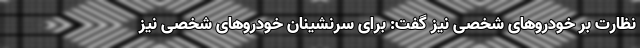
نظارت بر خودرو‌های شخصی نیز گفت: برای سرنشینان خودرو‌های شخصی نیز